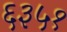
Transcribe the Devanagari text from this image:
६३५१